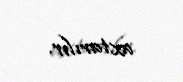
axtarılır.